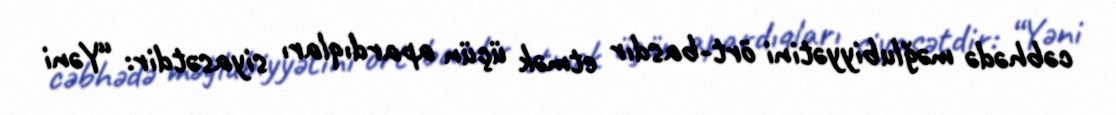
cəbhədə məğlubiyyətini ört-basdır etmək üçün apardıqları siyasətdir: “Yəni